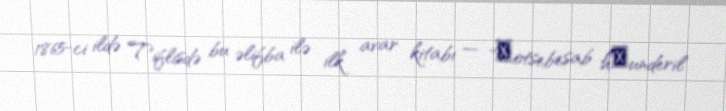
1865-ci ildə Tiflisdə bu əlifba ilə ilk avar kitabı — "Ҭotsebesab h̍underil